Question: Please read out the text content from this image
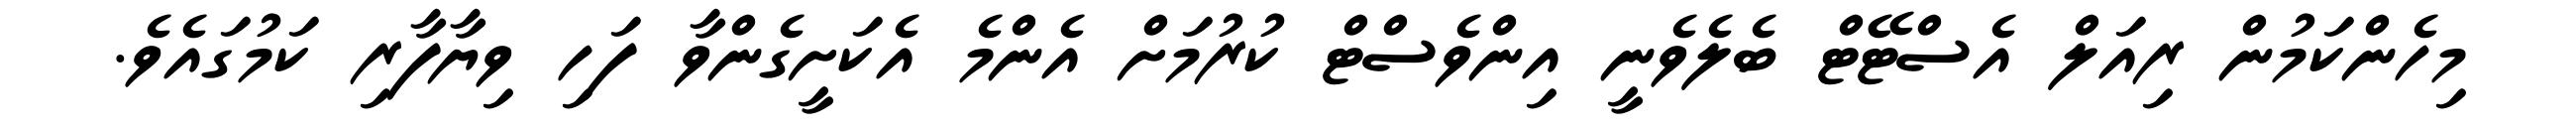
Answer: މިހެންކަމުން ރިއަލް އެސްޓޭޓް ބެލެވެނީ އިންވެސްޓް ކުރުމަށް އެންމެ އެކަށީގެންވާ ފަހި ވިޔާފާރި ކަމުގައެވެ.